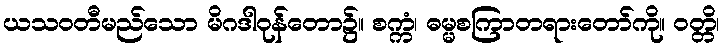
ယသဝတီမည်သော မိဂဒါဝုန်တော၌။ စက္ကံ၊ ဓမ္မစကြာတရားတော်ကို။ ဝတ္တိ၊